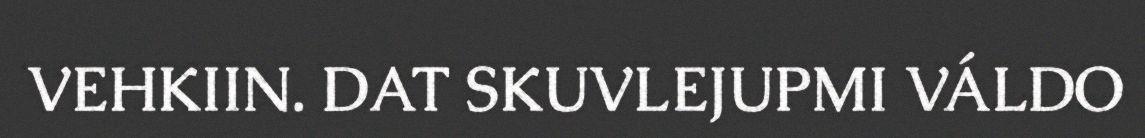
VEHKIIN. DAT SKUVLEJUPMI VÁLDO